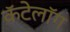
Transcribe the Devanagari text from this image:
कॅटेलॉग